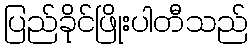
ပြည်ခိုင်ဖြိုးပါတီသည်